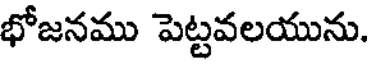
భోజనము పెట్టవలయును.